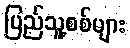
ပြည်သူ့စစ်များ